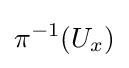
\pi ^{-1}(U_{x})